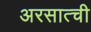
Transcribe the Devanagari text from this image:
अरसात्ची